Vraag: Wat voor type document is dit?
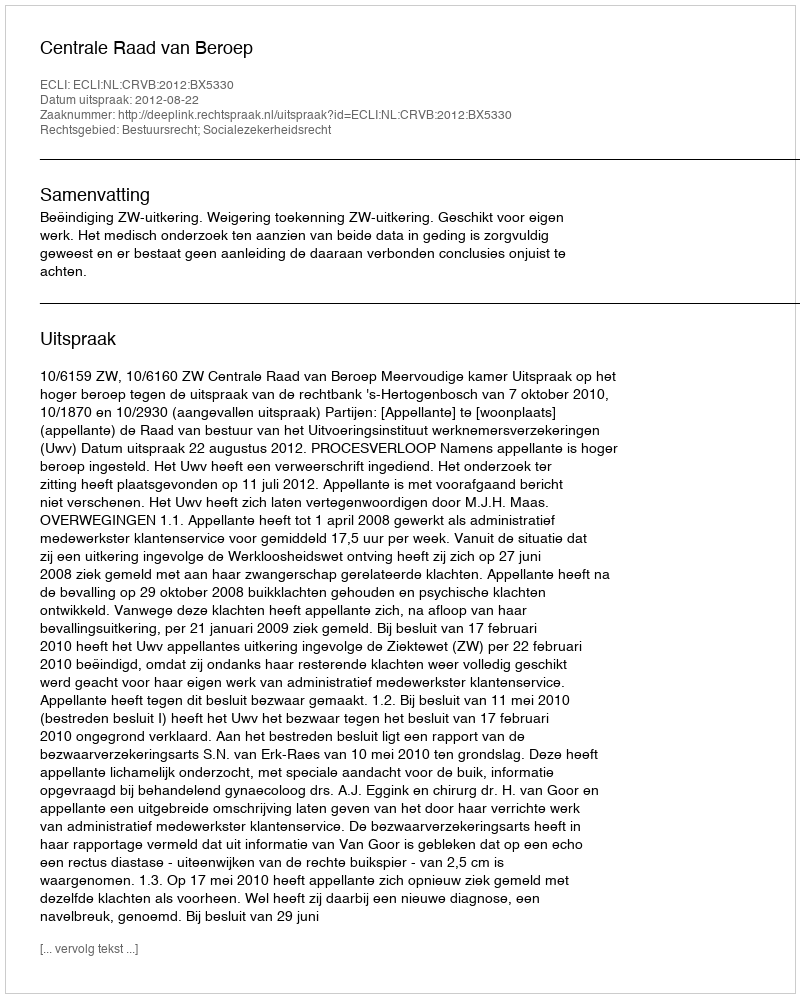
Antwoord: Uitspraak